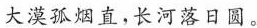
大漠孤烟直，长河落日圆。